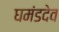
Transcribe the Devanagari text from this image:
घमंडदेव